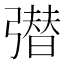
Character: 𭛆